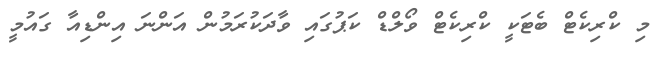
މި ކްރިކެޓް ބެޓަކީ ކްރިކެޓް ވޯލްޑް ކަޕުގައި ވާދަކުރަމުން އަންނަ އިންޑިއާ ގައުމީ